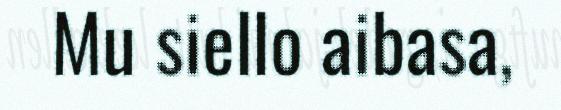
Mu siello aibasa,